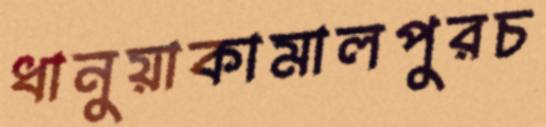
ধানুয়াকামালপুরচ